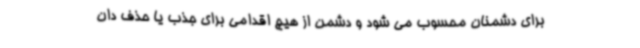
برای دشمنان محسوب می شود و دشمن از هیچ اقدامی برای جذب یا حذف دان